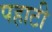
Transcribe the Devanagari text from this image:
पहाटी